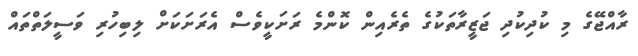
ރާއްޖޭގެ މި ކުދިކުދި ޖަޒީރާތަކުގެ ތެރެއިން ކޮންމެ ރަށަކީވެސް އެރަށަކަށް ލިބިހުރި ވަސީލަތްތައް